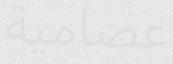
عصامية